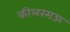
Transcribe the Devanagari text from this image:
कीलरमऊ